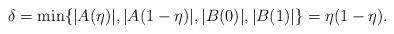
LaTeX: \begin{align*}\delta=\min\{ |A(\eta)|, |A(1-\eta)|, |B(0)|, |B(1)| \}=\eta(1-\eta).\end{align*}